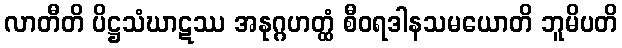
လာတီတိ ပိဋ္ဌသံဃာဋဿ အနုဂ္ဂဟတ္ထံ စီဝရဒါနသမယောတိ ဘူမိပတိ